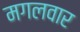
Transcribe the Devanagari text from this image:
मगलवार